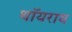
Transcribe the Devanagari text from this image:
थॉयराय